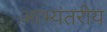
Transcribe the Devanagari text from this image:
आभ्यंतरीय